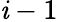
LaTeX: \mathit{i}-1